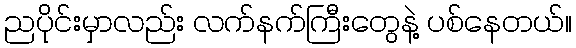
ညပိုင်းမှာလည်း လက်နက်ကြီးတွေနဲ့ ပစ်နေတယ်။